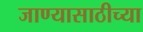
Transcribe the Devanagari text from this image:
जाण्यासाठीच्या